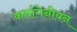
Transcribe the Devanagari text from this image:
कर्थागेनीयन